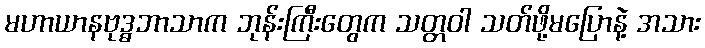
မဟာယာနဗုဒ္ဓဘာသာက ဘုန်းကြီးတွေက သတ္တဝါ သတ်ဖို့မပြောနဲ့ အသား